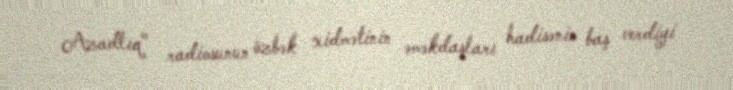
Azadlıq" radiosunun özbək xidmətinin əməkdaşları hadisənin baş verdiyi